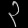
Digit: ၃